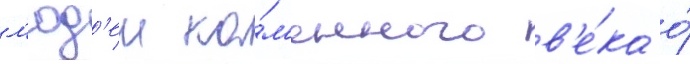
л'юд'еи ка́м'енного в'е́ка о́